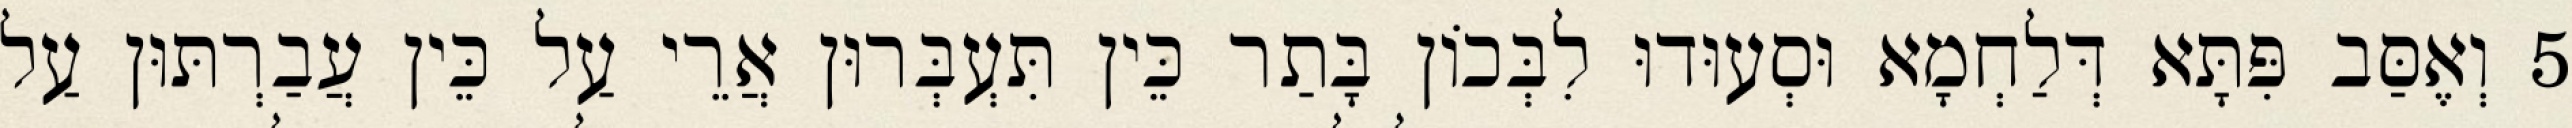
5 וְאֶסַּב פִּתָּא דְּלַחְמָא וּסְעוּדוּ לִבְּכוֹן בָּתַר כֵּין תִּעְבְּרוּן אֲרֵי עַל כֵּין עֲבַרְתּוּן עַל